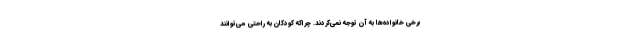
برخی خانواده‌ها به آن توجه نمی‌کردند. چراکه کودکان به راحتی می‌توانند